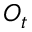
O _ { t }